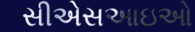
સીએસઆઇઓ